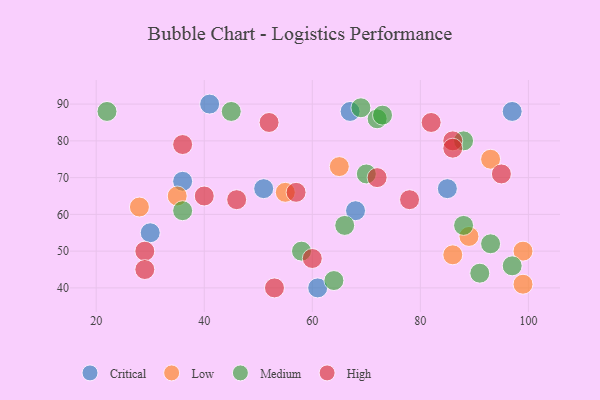
{"axis": {"x": "GDP", "y": "Life Expectancy"}, "legend": ["Critical", "High", "Low", "Medium"], "data": [{"x": "85", "y": 67, "type": "Critical"}, {"x": "68", "y": 61, "type": "Critical"}, {"x": "97", "y": 88, "type": "Critical"}, {"x": "61", "y": 40, "type": "Critical"}, {"x": "30", "y": 55, "type": "Critical"}, {"x": "51", "y": 67, "type": "Critical"}, {"x": "67", "y": 88, "type": "Critical"}, {"x": "41", "y": 90, "type": "Critical"}, {"x": "36", "y": 69, "type": "Critical"}, {"x": "99", "y": 50, "type": "Low"}, {"x": "35", "y": 65, "type": "Low"}, {"x": "86", "y": 49, "type": "Low"}, {"x": "65", "y": 73, "type": "Low"}, {"x": "55", "y": 66, "type": "Low"}, {"x": "93", "y": 75, "type": "Low"}, {"x": "28", "y": 62, "type": "Low"}, {"x": "89", "y": 54, "type": "Low"}, {"x": "99", "y": 41, "type": "Low"}, {"x": "66", "y": 57, "type": "Medium"}, {"x": "72", "y": 86, "type": "Medium"}, {"x": "88", "y": 80, "type": "Medium"}, {"x": "64", "y": 42, "type": "Medium"}, {"x": "45", "y": 88, "type": "Medium"}, {"x": "70", "y": 71, "type": "Medium"}, {"x": "69", "y": 89, "type": "Medium"}, {"x": "58", "y": 50, "type": "Medium"}, {"x": "36", "y": 61, "type": "Medium"}, {"x": "22", "y": 88, "type": "Medium"}, {"x": "97", "y": 46, "type": "Medium"}, {"x": "73", "y": 87, "type": "Medium"}, {"x": "93", "y": 52, "type": "Medium"}, {"x": "88", "y": 57, "type": "Medium"}, {"x": "91", "y": 44, "type": "Medium"}, {"x": "86", "y": 80, "type": "High"}, {"x": "46", "y": 64, "type": "High"}, {"x": "95", "y": 71, "type": "High"}, {"x": "36", "y": 79, "type": "High"}, {"x": "72", "y": 70, "type": "High"}, {"x": "57", "y": 66, "type": "High"}, {"x": "53", "y": 40, "type": "High"}, {"x": "40", "y": 65, "type": "High"}, {"x": "52", "y": 85, "type": "High"}, {"x": "29", "y": 50, "type": "High"}, {"x": "86", "y": 78, "type": "High"}, {"x": "60", "y": 48, "type": "High"}, {"x": "78", "y": 64, "type": "High"}, {"x": "82", "y": 85, "type": "High"}, {"x": "29", "y": 45, "type": "High"}]}